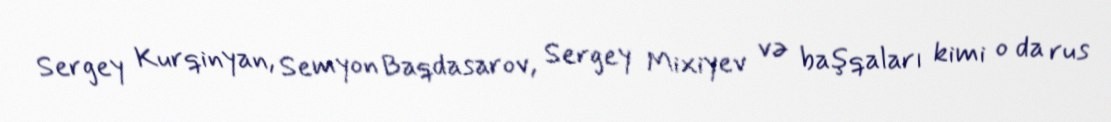
Sergey Kurqinyan, Semyon Baqdasarov, Sergey Mixiyev və başqaları kimi o da rus